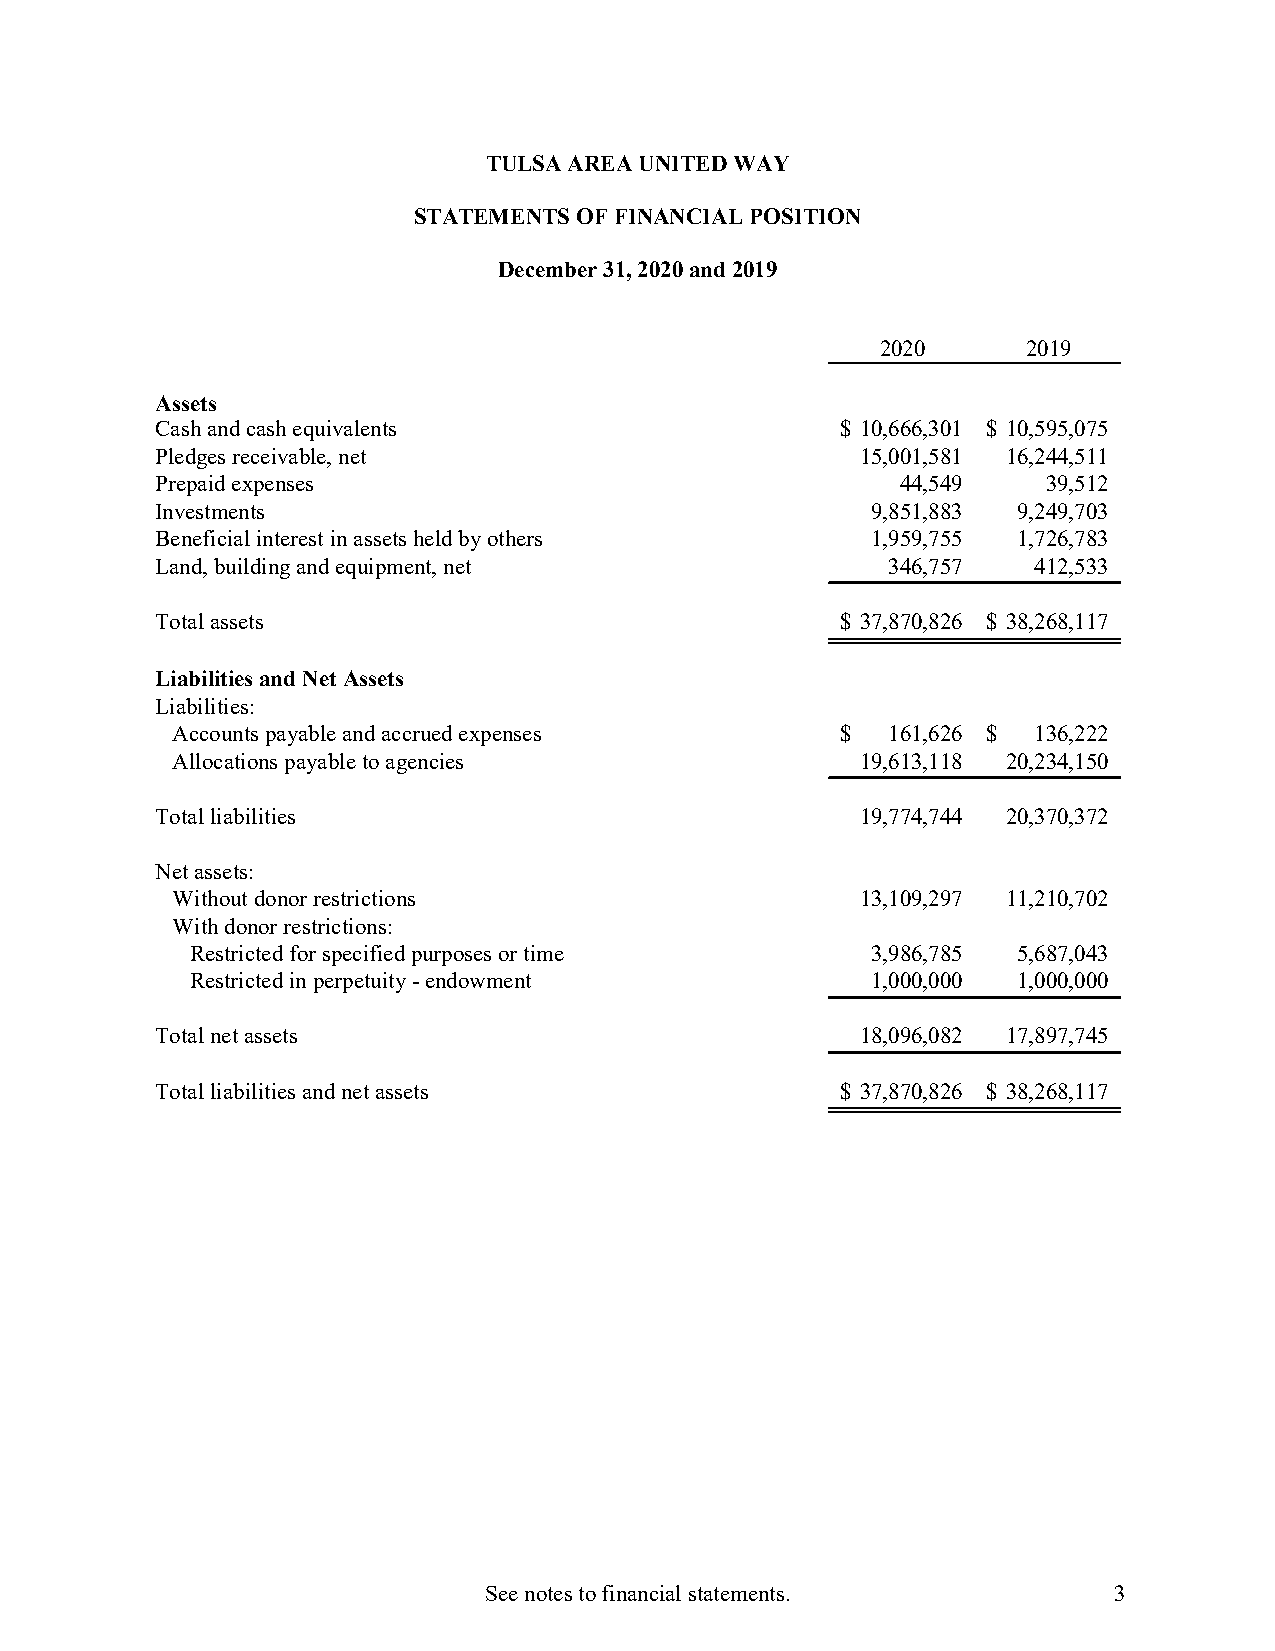
TULSA AREA UNITED WAY
 STATEMENTS OF FINANCIAL POSITION
 December 31, 2020 and 2019
 2020      2019
 Assets
 Cash and cash equivalents                     $ 10,666,301 $ 10,595,075
 Pledges receivable, net                        15,001,581 16,244,511
 Prepaid expenses                                  44,549   39,512
 Investments                                     9,851,883 9,249,703
 Beneficial interest in assets held by others    1,959,755 1,726,783
 Land, building and equipment, net                346,757  412,533
 Total assets                                  $ 37,870,826 $ 38,268,117
 Liabilities and Net Assets
 Liabilities:
 Accounts payable and accrued expenses        $  161,626 $ 136,222
 Allocations payable to agencies               19,613,118 20,234,150
 Total liabilities                              19,774,744 20,370,372
 Net assets:
 Without donor restrictions                    13,109,297 11,210,702
 With donor restrictions:
 Restricted for specified purposes or time    3,986,785 5,687,043
 Restricted in perpetuity - endowment         1,000,000 1,000,000
 Total net assets                               18,096,082 17,897,745
 Total liabilities and net assets              $ 37,870,826 $ 38,268,117
 See notes to financial statements.        3